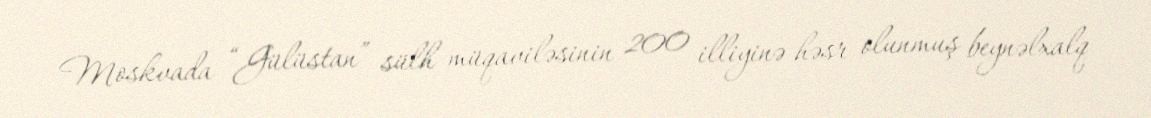
Moskvada “Gülüstan” sülh müqaviləsinin 200 illiyinə həsr olunmuş beynəlxalq